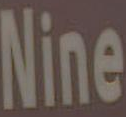
Nine